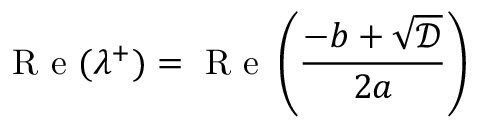
\mathrm { ~ R ~ e ~ } ( \lambda ^ { + } ) = \mathrm { ~ R ~ e ~ } \left( \frac { - b + \sqrt { \mathcal { D } } } { 2 a } \right)